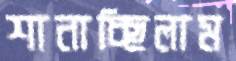
শানাচ্ছিলাম